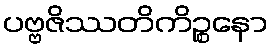
ပဗ္ဗဇိဿတိကိဉ္စနော